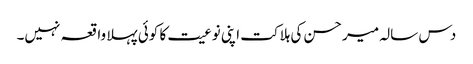
دس سالہ میر حسن کی ہلاکت اپنی نوعیت کا کوئی پہلا واقعہ نہیں۔